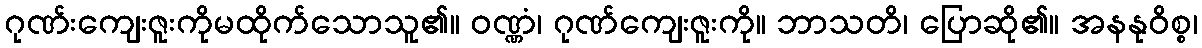
ဂုဏ်းကျေးဇူးကိုမထိုက်သောသူ၏။ ဝဏ္ဏံ၊ ဂုဏ်ကျေးဇူးကို။ ဘာသတိ၊ ပြောဆို၏။ အနနုဝိစ္စ၊